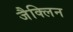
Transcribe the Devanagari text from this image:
जैक्लिन